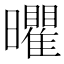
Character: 㬬